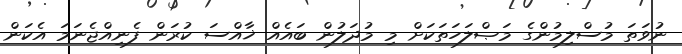
ނުވަތަ މުސްލިމުންގެ މަޞްލަހަތަކަށް މި މުދަލުން ބައެއް ޚާއްސަ ކުރަން ފެނިއްޖެނަމަ އެކަން